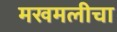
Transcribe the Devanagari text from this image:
मखमलीचा